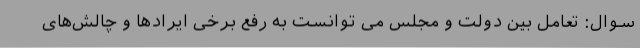
سوال: تعامل بین دولت و مجلس می توانست به رفع برخی ایرادها و چالش‌های